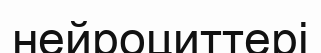
нейроциттері